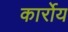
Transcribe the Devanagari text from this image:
कार्रोय